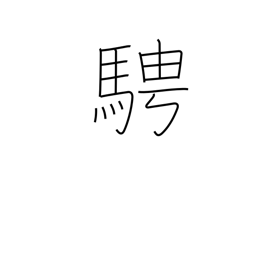
Meaning: as one pleases